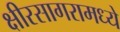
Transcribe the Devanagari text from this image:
क्षीरसागरामध्ये